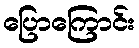
ပြောကြောင်း